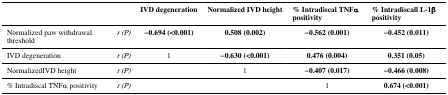
|  |  | IVD degeneration | Normalized IVD height | % Intradiscal TNFα positivity | % Intradiscall L-1β positivity |
 | --- | --- | --- | --- | --- | --- |
 | Normalized paw withdrawal threshold | r (P) | −0.694 (<0.001) | 0.508 (0.002) | −0.562 (0.001) | −0.452 (0.011) |
 | IVD degeneration | r (P) | 1 | −0.630 (<0.001) | 0.476 (0.004) | 0.351 (0.05) |
 | NormalizedIVD height | r (P) |  | 1 | −0.407 (0.017) | −0.466 (0.008) |
 | % Intradiscal TNFα positivity | r (P) |  |  | 1 | 0.674 (<0.001) |